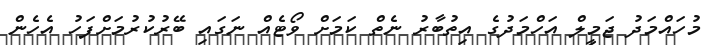
މުހައްމަދު ޖަމީލް އަހްމަދުގެ އިތުބާރު ނެތް ކަމަށް ވޯޓެއް ނަގައި ބޭރުކުރުމަށްފަހު އެހެން